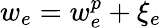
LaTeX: w_{e}=w_{e}^{p}+\xi_{e}